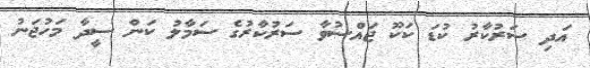
އަދި ސަރުކާރު ކުޑަ ކަކޫ ޖައްސުވާ ސަރުކާރުގެ ސަމާލު ކަން ސީދާ މަހުޖަނު